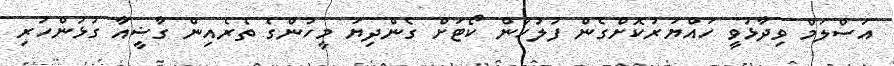
އަސްލަމް ވިދާޅުވީ ހައްޔަރުކޮށްގެން ފުލުހުން ކޯޓަށް ގެންދިޔަ މީހުންގެ ތެރެއިން ގާޟީއާ ގުޅުންހުރި